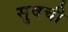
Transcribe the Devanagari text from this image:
सुवची